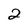
Character: 2